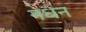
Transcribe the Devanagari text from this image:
नधन